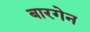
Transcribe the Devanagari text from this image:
बारगेन